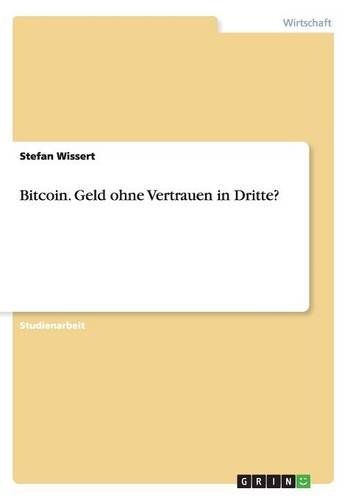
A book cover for Bitcoin. Geld ohne Vertrauen in Dritte? (German Edition); Stefan Wissert; Computers & Technology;